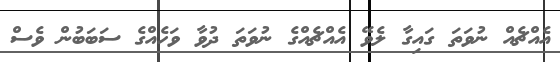
އެއްޗެއް ނުވަތަ ގައިގާ ލެވޭ އެއްޗެއްގެ ނުވަތަ ދުވާ ވަހެއްގެ ސަބަބުން ވެސް